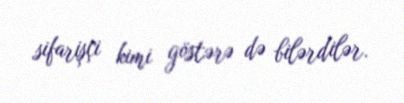
sifarişçi kimi göstərə də bilərdilər.